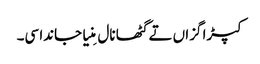
کپڑا گزاں تے گٹھا نال مِنیا جاندا سی۔